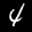
Label: 4